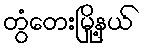
တွံတေးမြို့နယ်